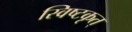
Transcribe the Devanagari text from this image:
स्विष्टकृत्